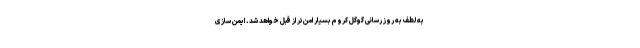
به لطف به روز رسانی گوگل کروم بسیار امن‌تر از قبل خواهد شد. ایمن سازی